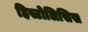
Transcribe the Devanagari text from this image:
हिस्टोलिसिस